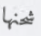
شحنها